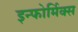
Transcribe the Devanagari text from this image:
इन्फोर्मिक्स